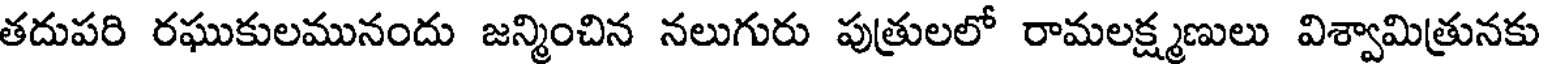
తదుపరి రఘుకులమునందు జన్మించిన నలుగురు పుత్రులలో రామలక్ష్మణులు విశ్వామిత్రునకు